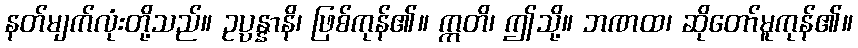
နတ်မျက်လုံးတို့သည်။ ဥပ္ပန္နာနိ၊ ဖြစ်ကုန်၏။ ဣတိ၊ ဤသို့။ ဘဏထ၊ ဆိုတော်မူကုန်၏။